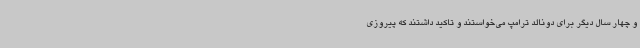
و چهار سال دیگر برای دونالد ترامپ می‌خواستند و تاکید داشتند که پیروزی